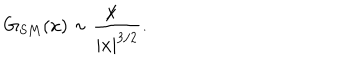
G _ { S M } ( x ) \sim \frac { \not \! x } { | x | ^ { 3 / 2 } } .